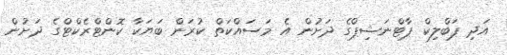
އަދި ޕަބްލިކް ޕާޓްނަޝިޕްގެ ދަށުން އެ މަސައްކަތް ކުރަން ބަޔަކާ ކޮންޓްރެކްޓްގެ ދަށުން